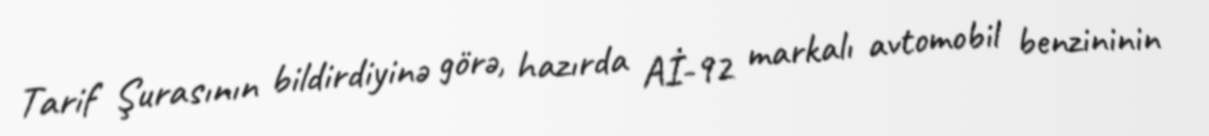
Tarif Şurasının bildirdiyinə görə, hazırda Aİ-92 markalı avtomobil benzininin